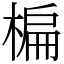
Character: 楄